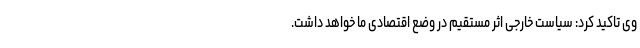
وی تاکید کرد: سیاست خارجی اثر مستقیم در وضع اقتصادی ما خواهد داشت.